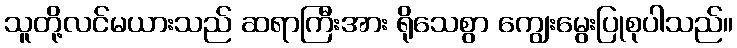
သူတို့လင်မယားသည် ဆရာကြီးအား ရိုသေစွာ ကျွေးမွေးပြုစုပါသည်။